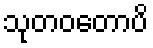
သုတဝတောပိ